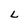
Character: L